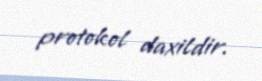
protokol daxildir.